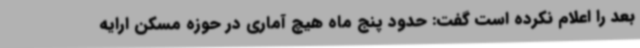
بعد را اعلام نکرده است گفت: حدود پنج ماه هیچ آماری در حوزه مسکن ارایه